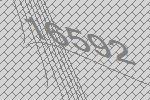
16592